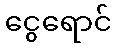
ငွေရောင်